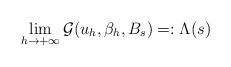
LaTeX: \begin{align*}\lim_{h \to +\infty} \mathcal{G}(u_h,\beta_h,B_s) =: \Lambda(s)\end{align*}